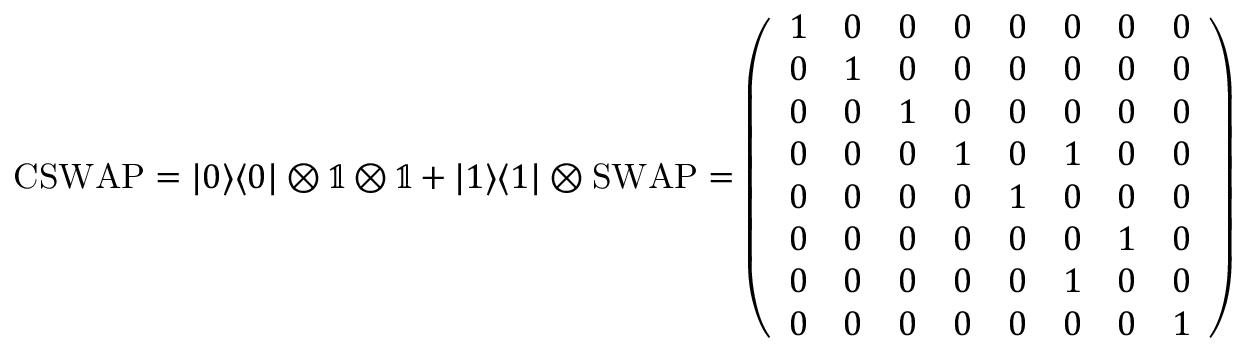
\mathrm { C S W A P } = | 0 \rangle \langle 0 | \otimes \mathbb { 1 } \otimes \mathbb { 1 } + | 1 \rangle \langle 1 | \otimes \mathrm { S W A P } = \left( \begin{array} { l l l l l l l l } { 1 } & { 0 } & { 0 } & { 0 } & { 0 } & { 0 } & { 0 } & { 0 } \\ { 0 } & { 1 } & { 0 } & { 0 } & { 0 } & { 0 } & { 0 } & { 0 } \\ { 0 } & { 0 } & { 1 } & { 0 } & { 0 } & { 0 } & { 0 } & { 0 } \\ { 0 } & { 0 } & { 0 } & { 1 } & { 0 } & { 1 } & { 0 } & { 0 } \\ { 0 } & { 0 } & { 0 } & { 0 } & { 1 } & { 0 } & { 0 } & { 0 } \\ { 0 } & { 0 } & { 0 } & { 0 } & { 0 } & { 0 } & { 1 } & { 0 } \\ { 0 } & { 0 } & { 0 } & { 0 } & { 0 } & { 1 } & { 0 } & { 0 } \\ { 0 } & { 0 } & { 0 } & { 0 } & { 0 } & { 0 } & { 0 } & { 1 } \end{array} \right)